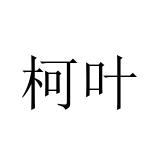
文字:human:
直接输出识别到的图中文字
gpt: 柯叶